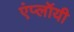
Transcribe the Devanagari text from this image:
एंप्लॉयी